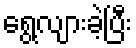
ရွေ့လျားခဲ့ပြီး